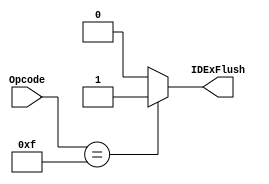
module haltUnit
(
	input [3:0] Opcode,
	output reg IDExFlush
);

always @(*)
begin
	if(Opcode == 4'b1111)
		begin
		//active high
		IDExFlush <= 1;
		end
	else
		begin
		IDExFlush <= 0;
		end
	end
endmodule